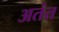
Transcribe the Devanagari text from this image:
अतंत